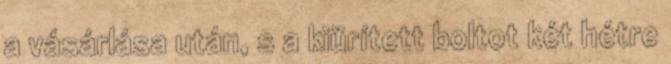
a vásárlása után, s a kiürített boltot két hétre